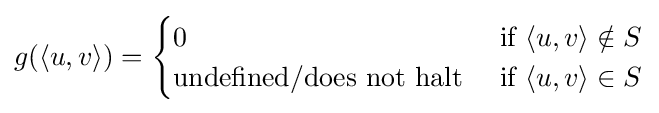
g(\langle u,v\rangle )={\begin{cases}0&{\text{if}}\ \langle u,v\rangle \notin S\\{\text{undefined/does not halt}}\ &{\text{if}}\ \langle u,v\rangle \in S\end{cases}}